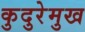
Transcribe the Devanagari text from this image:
कुदुरेमुख